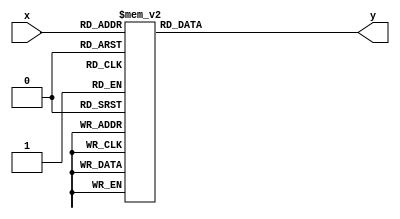
module decoder3x8 (
    // input wire [WIDTH-1 : 0] x,
    input wire [2 : 0] x,

    // output wire [(1<<WIDTH-1 : 0] y
    output reg [7 : 0] y

);
    always @(x) begin
        case(x)
            3'b000 : y = 8'b0000_0001;
            3'b001 : y = 8'b0000_0010;
            3'b010 : y = 8'b0000_0100;
            3'b011 : y = 8'b0000_1000;
            3'b100 : y = 8'b0001_0000;
            3'b101 : y = 8'b0010_0000;
            3'b110 : y = 8'b0100_0000;
            3'b111 : y = 8'b1000_0000;
        endcase
    end
endmodule